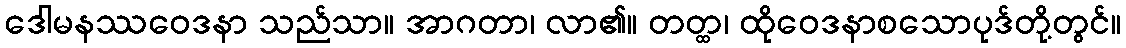
ဒေါမနဿဝေဒနာ သည်သာ။ အာဂတာ၊ လာ၏။ တတ္ထ၊ ထိုဝေဒနာစသောပုဒ်တို့တွင်။